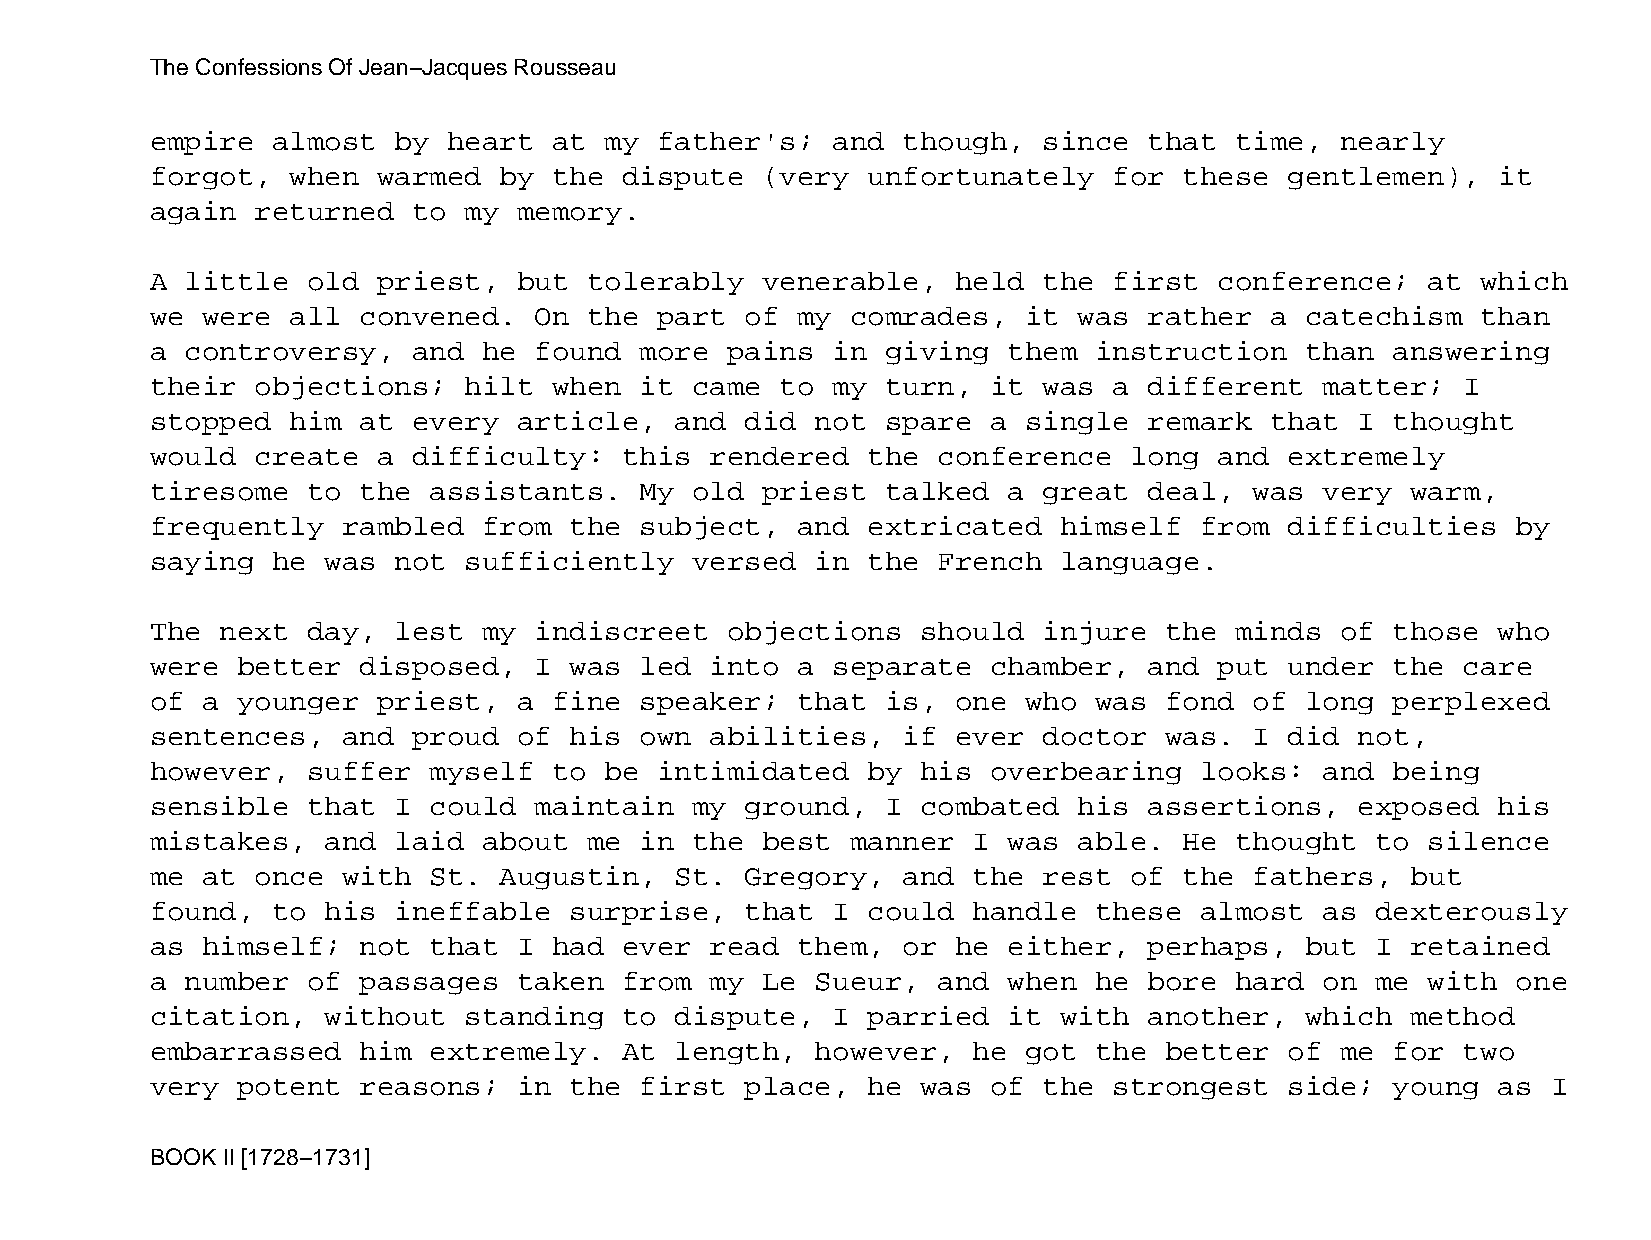
The Confessions Of Jean−Jacques Rousseau
 empire  almost  by  heart  at my  father's;  and  though,  since  that  time,  nearly
 forgot,  when  warmed  by  the dispute  (very  unfortunately    for these  gentlemen),   it
 again  returned  to  my memory.
 A little  old  priest,  but  tolerably  venerable,   held  the  first  conference;   at which
 we were  all  convened.  On  the  part of  my comrades,   it was  rather  a catechism   than
 a controversy,   and  he found  more  pains  in  giving  them instruction   than  answering
 their  objections;   hilt  when it  came  to my  turn,  it was  a different   matter;  I
 stopped  him  at every  article,   and did  not  spare  a single  remark  that  I thought
 would  create  a difficulty:   this  rendered  the  conference   long  and extremely
 tiresome  to  the assistants.   My  old priest   talked  a great  deal,  was  very warm,
 frequently   rambled  from  the subject,   and extricated   himself  from  difficulties   by
 saying  he  was not  sufficiently   versed  in the  French  language.
 The  next day,  lest  my indiscreet   objections   should  injure  the  minds  of those  who
 were  better  disposed,  I  was led  into  a separate   chamber,  and  put under  the  care
 of a  younger  priest,  a  fine speaker;   that  is, one  who was  fond  of long  perplexed
 sentences,   and proud  of  his own  abilities,   if ever  doctor  was.  I did  not,
 however,  suffer  myself   to be  intimidated  by  his  overbearing  looks:   and being
 sensible  that  I could  maintain   my ground,   I combated  his  assertions,   exposed  his
 mistakes,   and laid  about  me in  the best  manner  I  was able.  He  thought  to  silence
 me at  once  with St.  Augustin,   St. Gregory,   and the  rest  of the  fathers,  but
 found,  to  his ineffable   surprise,  that  I could  handle  these  almost   as dexterously
 as himself;   not that  I  had ever  read  them,  or he  either,  perhaps,  but  I retained
 a number  of  passages  taken  from  my Le  Sueur,  and  when he  bore  hard  on me  with one
 citation,   without  standing  to  dispute,  I parried   it with  another,  which  method
 embarrassed   him extremely.   At  length,  however,  he  got the  better  of  me for  two
 very  potent  reasons;  in  the first  place,  he  was  of the  strongest  side;  young  as  I
 BOOK II [1728−1731]